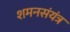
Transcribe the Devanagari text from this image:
शमनसंयंत्र